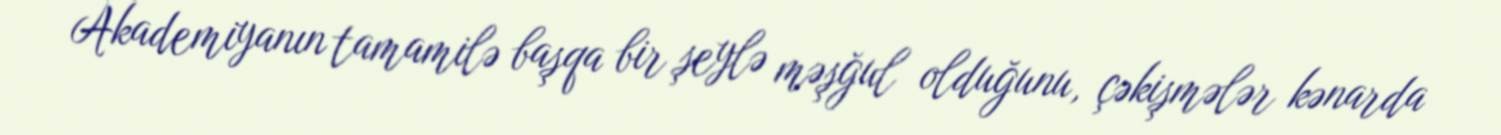
Akademiyanın tamamilə başqa bir şeylə məşğul olduğunu, çəkişmələr kənarda